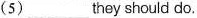
(5) ___ they should do.